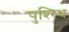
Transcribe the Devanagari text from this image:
पुश्‍रिथ